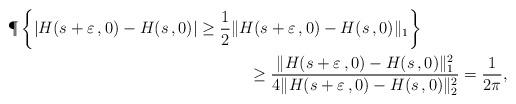
LaTeX: \begin{align*}&\P\left\{ |H(s+\varepsilon\,,0)-H(s\,,0)| \ge \frac12\| H(s+\varepsilon\,,0)-H(s\,,0)\|_1 \right\}\\&\hskip2.4in\ge \frac{\| H(s+\varepsilon\,,0)-H(s\,,0)\|_1^2}{4\| H(s+\varepsilon\,,0)-H(s\,,0)\|_2^2} = \frac{1}{2\pi},\end{align*}